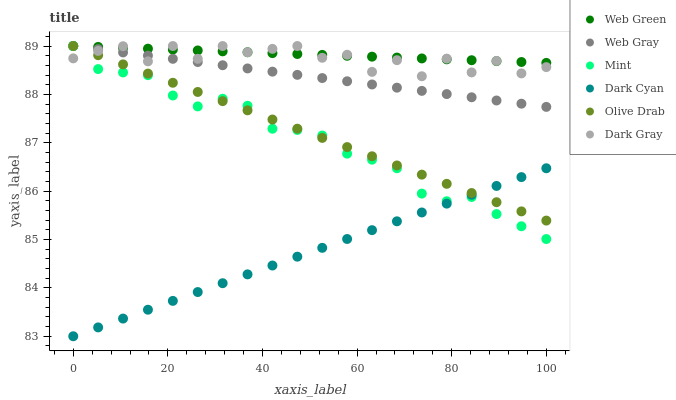
| xaxis_label | Web Green | Web Gray | Mint | Dark Cyan | Olive Drab | Dark Gray |
 | --- | --- | --- | --- | --- | --- | --- |
 | 0 | 89 | 89 | 89 | 83 | 89 | 88.7 |
 | 5.26 | 89 | 88.9 | 88.5 | 83.2 | 88.8 | 88.9 |
 | 10.5 | 89 | 88.9 | 88.5 | 83.4 | 88.6 | 89 |
 | 15.8 | 88.9 | 88.8 | 88.4 | 83.5 | 88.4 | 88.7 |
 | 21.1 | 88.9 | 88.7 | 88 | 83.7 | 88.2 | 89 |
 | 26.3 | 88.9 | 88.7 | 87.8 | 83.9 | 88.1 | 88.7 |
 | 31.6 | 88.9 | 88.6 | 87.9 | 84.1 | 87.9 | 89 |
 | 36.8 | 88.9 | 88.5 | 87.8 | 84.3 | 87.7 | 88.9 |
 | 42.1 | 88.9 | 88.5 | 87.3 | 84.5 | 87.5 | 88.9 |
 | 47.4 | 88.8 | 88.4 | 87.3 | 84.6 | 87.3 | 89 |
 | 52.6 | 88.8 | 88.3 | 87.1 | 84.8 | 87.1 | 88.8 |
 | 57.9 | 88.8 | 88.3 | 86.8 | 85 | 86.9 | 88.8 |
 | 63.2 | 88.8 | 88.2 | 86.7 | 85.2 | 86.7 | 88.5 |
 | 68.4 | 88.8 | 88.1 | 86.5 | 85.4 | 86.5 | 88.7 |
 | 73.7 | 88.7 | 88.1 | 85.9 | 85.6 | 86.3 | 88.4 |
 | 78.9 | 88.7 | 88 | 85.8 | 85.7 | 86.2 | 88.7 |
 | 84.2 | 88.7 | 87.9 | 85.9 | 85.9 | 86 | 88.5 |
 | 89.5 | 88.7 | 87.9 | 85.5 | 86.1 | 85.8 | 88.7 |
 | 94.7 | 88.7 | 87.8 | 85.3 | 86.3 | 85.6 | 88.4 |
 | 100 | 88.7 | 87.7 | 85 | 86.5 | 85.4 | 88.6 |